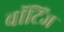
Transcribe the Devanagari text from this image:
वॉटिंज